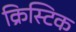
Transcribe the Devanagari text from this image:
क्रिस्टिक